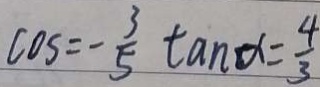
C O S = - \frac { 3 } { 5 } \tan a = \frac { 4 } { 3 }